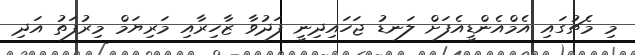
މި މެޗުގައި އެމްއެންޑީއެފަށް ލަނޑު ޖަހައިދިނީ ފަދުވާ ޒާހިރާއި މަރިޔަމް މިރުފަތު އަދި